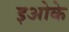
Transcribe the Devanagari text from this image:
इओके